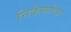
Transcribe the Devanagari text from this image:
निकेफोरस